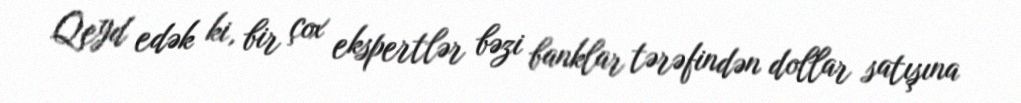
Qeyd edək ki, bir çox ekspertlər bəzi banklar tərəfindən dollar satışına